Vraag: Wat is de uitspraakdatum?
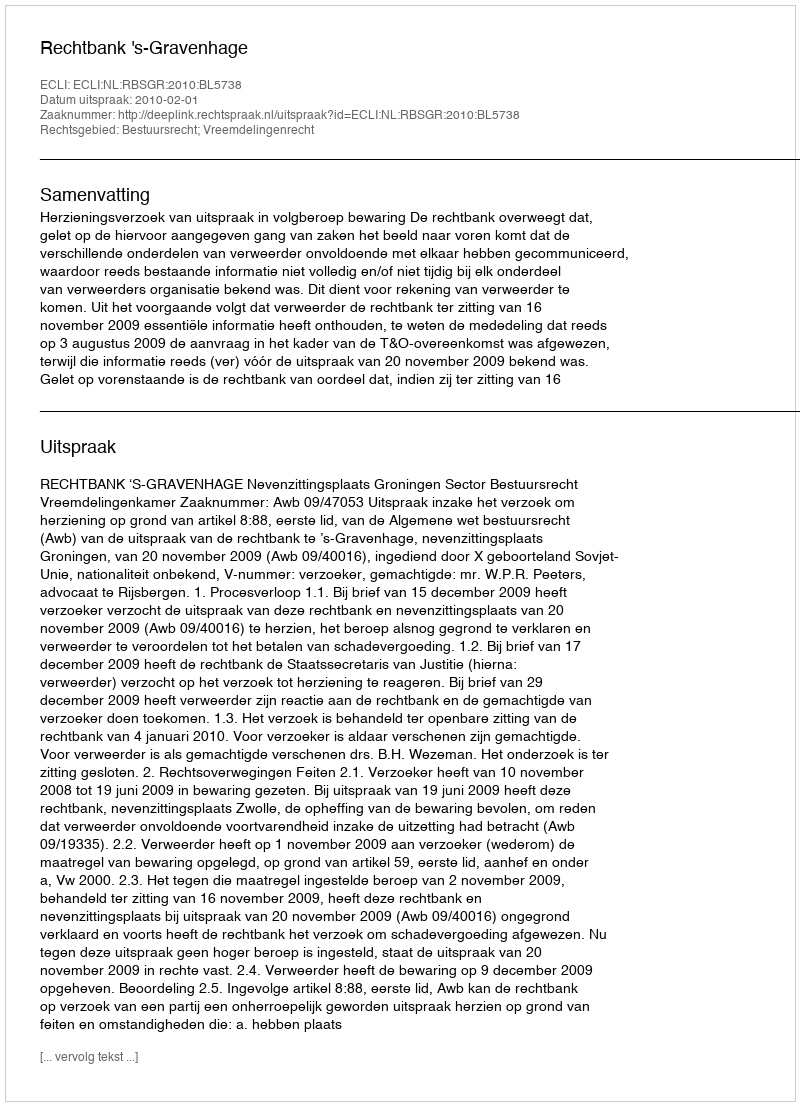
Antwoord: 2010-02-01